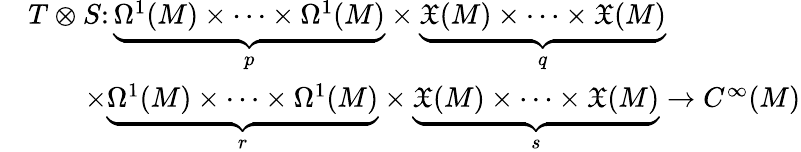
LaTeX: \begin{array}{rl}&{T\otimes S\colon\underbrace{\Omega^{1}(M)\times\cdots\times\Omega^{1}(M)}_{p}\times\underbrace{\mathfrak{X}(M)\times\cdots\times\mathfrak{X}(M)}_{q}}\\ &{\qquad\times\underbrace{\Omega^{1}(M)\times\cdots\times\Omega^{1}(M)}_{r}\times\underbrace{\mathfrak{X}(M)\times\cdots\times\mathfrak{X}(M)}_{s}\rightarrow C^{\infty}(M)}\end{array}